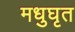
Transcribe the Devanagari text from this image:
मधुघृत